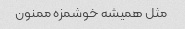
مثل همیشه خوشمزه ممنون